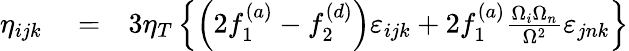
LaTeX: \begin{array}{rlr}{\eta_{ijk}}&{{}=}&{3\eta_{T}\left\{ \left(2f_{1}^{(a)}-f_{2}^{(d)}\right)\varepsilon_{ijk}+2f_{1}^{(a)}\frac{\Omega_{i}\Omega_{n}}{\Omega^{2}}\varepsilon_{jnk}\right\} }\end{array}